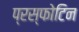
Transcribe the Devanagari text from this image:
प्रस्फोटिन